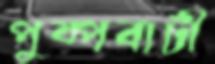
পুষ্পবাটী